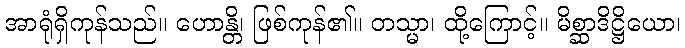
အာရုံရှိကုန်သည်။ ဟောန္တိ၊ ဖြစ်ကုန်၏။ တသ္မာ၊ ထို့ကြောင့်။ မိစ္ဆာဒိဋ္ဌိယော၊